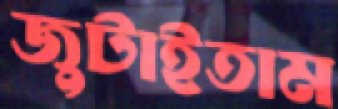
জুটাইতাম